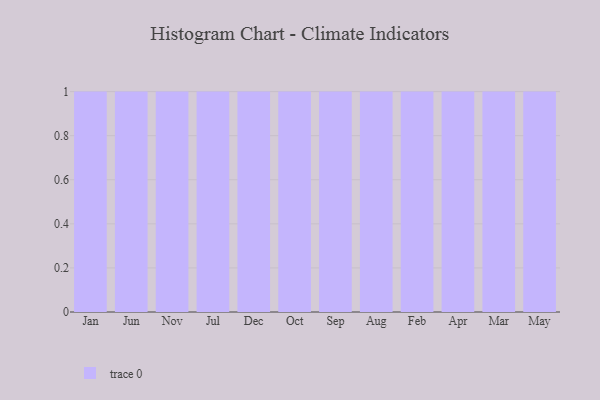
{"axis": {"x": "Month", "y": "Tickets Resolved"}, "legend": [""], "data": [{"x": "Jan", "y": 86, "type": ""}, {"x": "Jun", "y": 27, "type": ""}, {"x": "Nov", "y": 32, "type": ""}, {"x": "Jul", "y": 25, "type": ""}, {"x": "Dec", "y": 30, "type": ""}, {"x": "Oct", "y": 71, "type": ""}, {"x": "Sep", "y": 31, "type": ""}, {"x": "Aug", "y": 96, "type": ""}, {"x": "Feb", "y": 91, "type": ""}, {"x": "Apr", "y": 23, "type": ""}, {"x": "Mar", "y": 49, "type": ""}, {"x": "May", "y": 35, "type": ""}]}